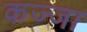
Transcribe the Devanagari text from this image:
कज्जा